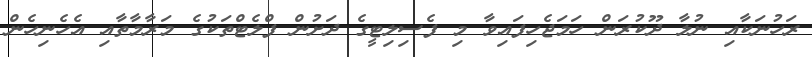
ރަހުނަކާއި ނުލާ ދޫކުރަން ހަމަޖެހިފައިވާ މި ފެސިލިޓީގެ ދަށުން ފްލެޓްތަކުގެ މަރާމާތާއި އެހެނިހެން